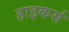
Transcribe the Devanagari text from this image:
हाइकर्स